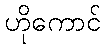
ဟိုကောင်